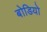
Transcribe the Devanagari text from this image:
बोडियो